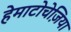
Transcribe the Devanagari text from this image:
हेमाटोचेज़िया